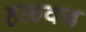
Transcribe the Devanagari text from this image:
हळवद